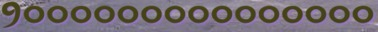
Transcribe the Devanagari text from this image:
१०००००००००००००००